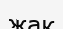
жак